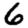
Digit: 6